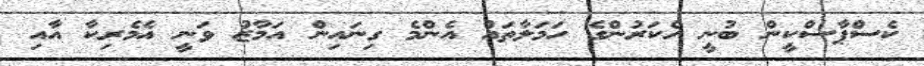
ކެސްޕާސްކީން ބުނީ ހެކަރުންގެ ހަމަލާތައް އެންމެ ގިނައިން އަމާޒު ވަނީ އެމެރިކާ އާއި